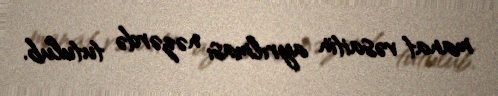
manat vəsaitin ayrılması nəzərdə tutulub.